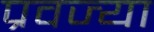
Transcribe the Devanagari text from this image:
प्रवज्या